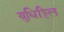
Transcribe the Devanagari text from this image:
युधिट्ठिल